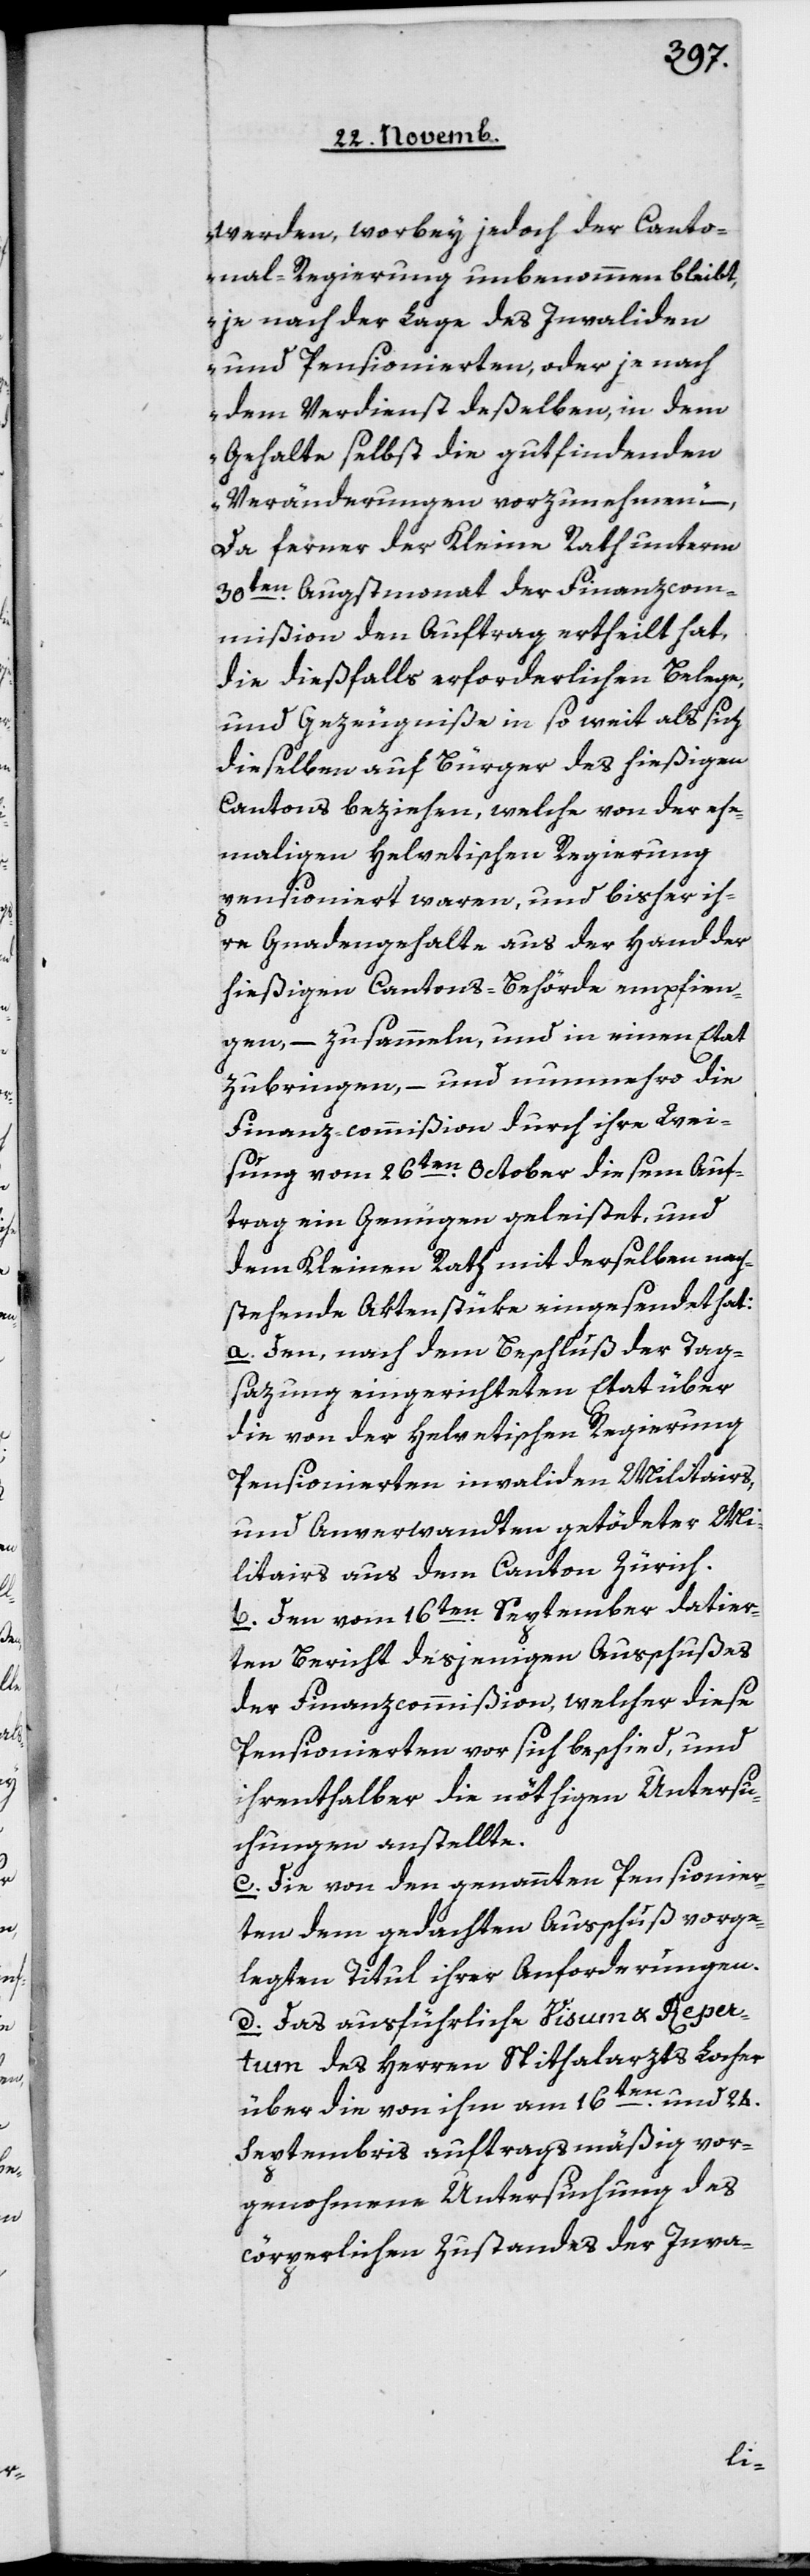
werden, worbey jedoch der Canto¬
nal-Regierung unbenommen bleibt,
je nach der Lage des Invaliden
und Pensionierten, oder je nach
dem Verdienst deßelben, in dem
Gehalte selbst die gutfindenden
Veränderungen vorzunehmen.“
Da ferner der Kleine Rath unterm
30ten Augstmonat der Finanzcom¬
mißion den Auftrag ertheilt hat,
die dießfalls erforderlichen Belege
und Gezeugniße insoweit als sich
dieselben auf Bürger des hießigen
Cantons beziehen, welche von der ehe¬
maligen Helvetischen Regierung
pensioniert waren, und bisher ih¬
re Gnadengehalte aus der Hand der
hießigen Cantons-Behörde empfien¬
gen, – zu sammeln, und in einen Etat
zu bringen, – und nunmehro die
Finanz-commißion durch ihre Wei¬
sung vom 26ten October diesem Auf¬
trag ein Genügen geleistet, und
dem Kleinen Rath mit derselben nach¬
stehende Aktenstüke eingesendet hat:
a. Den, nach dem Beschluß der Tag¬
sazung eingerichteten Etat über
die von der helvetischen Regierung
pensionierten invaliden Militairs,
und Anverwandten getödeter Mi¬
litairs aus dem Canton Zürich.
b. Den vom 16ten September datier¬
ten Bericht desjenigen Ausschußes
der Finanzcommißion, welcher diese
Pensionierten vor sich beschied und
ihrenthalber die nöthigen Untersu¬
chungen anstellte.
c. Die von den genannten Pensionier¬
ten dem gedachten Ausschuß vorge¬
legten Titul ihrer Anforderungen.
d. Das ausführliche Visum u. Reper¬
tum des Herren Spithalarzts Locher
über die von ihm am 16ten und 24ten
Septembris auftragsmäßig vor¬
genohmene Untersuchung des
körperlichen Zustandes der Inva-